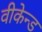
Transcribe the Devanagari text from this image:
वीकेन्ड